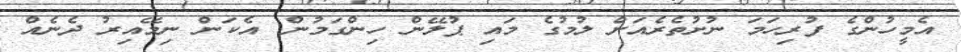
އެމީހުންގެ ފުރިހަމަ ނުށުތެރެއަށް ލުމުގެ މައި ޕުލޭން ހިންގަމުން. އެކަން ނިމޭއިރު ދެނެއް